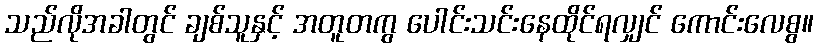
သည်လိုအခါတွင် ချစ်သူနှင့် အတူတကွ ပေါင်းသင်းနေထိုင်ရလျှင် ကောင်းလေစွ။